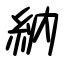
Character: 納